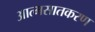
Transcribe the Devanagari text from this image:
आत्मसातकरण